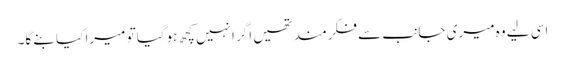
اسی لیے وہ میری جانب سے فکرمند تھیں اگر انہیں کچھ ہوگیا تو میرا کیا بنے گا۔